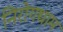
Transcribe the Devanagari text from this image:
निरोगधाम